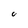
Character: U